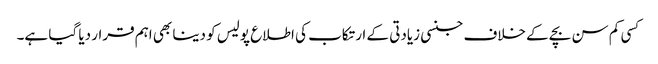
کسی کم سن بچے کے خلاف جنسی زیادتی کے ارتکاب کی اطلاع پولیس کو دینا بھی اہم قرار دیا گیا ہے۔